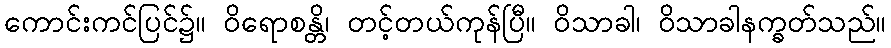
ကောင်းကင်ပြင်၌။ ဝိရောစန္တိ၊ တင့်တယ်ကုန်ပြီ။ ဝိသာခါ၊ ဝိသာခါနက္ခတ်သည်။